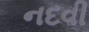
નદવી